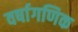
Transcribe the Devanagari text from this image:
वर्षागणिक